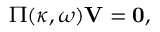
\boldsymbol { \Pi } ( \kappa , \omega ) \mathbf { V } = \mathbf { 0 } ,